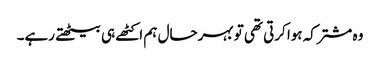
وہ مشترکہ ہوا کرتی تھی تو بہرحال ہم اکٹھے ہی بیٹھتے رہے۔